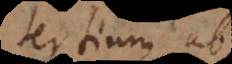
tertium ab